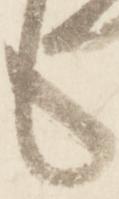
も